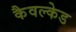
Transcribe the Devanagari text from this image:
कैवल्केड